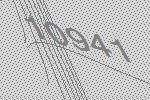
10941